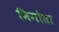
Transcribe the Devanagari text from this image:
भिगोता